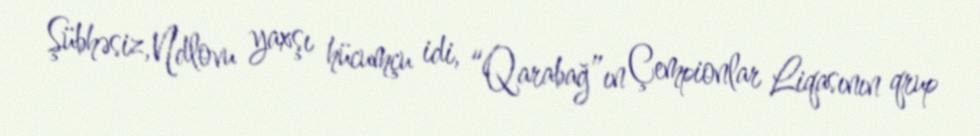
Şübhəsiz, Ndlovu yaxşı hücumçu idi, “Qarabağ”ın Çempionlar Liqasının qrup